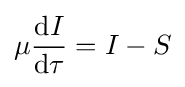
\mu {\frac {\mathrm {d} I}{\mathrm {d} \tau }}=I-S